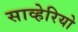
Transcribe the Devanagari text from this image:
साव्हेरियो